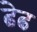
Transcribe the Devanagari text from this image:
ढेढ